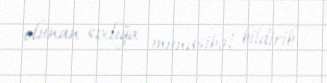
olunan sıxlığa münasibət bildirib.